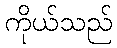
ကိုယ်သည်